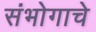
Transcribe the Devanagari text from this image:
संभोगाचे